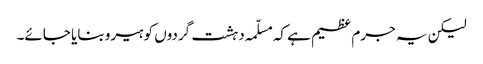
لیکن یہ جرم عظیم ہے کہ مسلّمہ دہشت گردوں کو ہیرو بنایا جائے۔